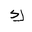
Letter: _kaf